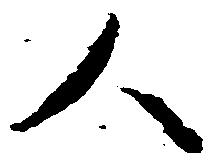
人